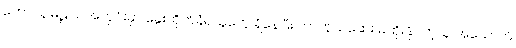
တောင်ငူမြို့နယ်အတွင်းမှာ ခွေးကိုက်ခံရသူတွေ ရှိနေပြီး ကာကွယ်ဆေး မထိုးနိုင်တဲ့သူ အယောက်